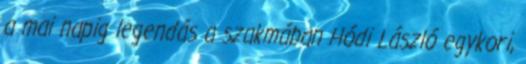
a mai napig legendás a szakmában Hódi László egykori,